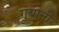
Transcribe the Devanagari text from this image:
गुयानी